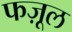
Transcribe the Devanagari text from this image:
फज़ूल